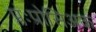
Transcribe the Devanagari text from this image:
प्लःप्रोसिअक